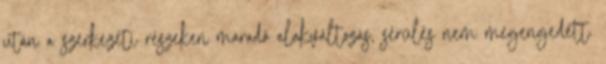
után a szerkezeti részeken maradó alakváltozás, sérülés nem megengedett.